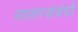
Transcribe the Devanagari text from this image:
नातरसंबंधी